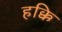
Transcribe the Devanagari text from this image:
हक्कि